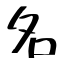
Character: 名